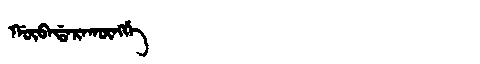
Manchu: ᡤᡡᠪᠠᡩᠠᡵᠠᡴᡡᠩᡤᡝ
Romanization: GŪBADARAKŪNGGE